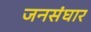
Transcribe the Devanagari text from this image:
जनसंघार